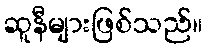
ဆူနီများဖြစ်သည်။